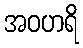
အဝဟရိ